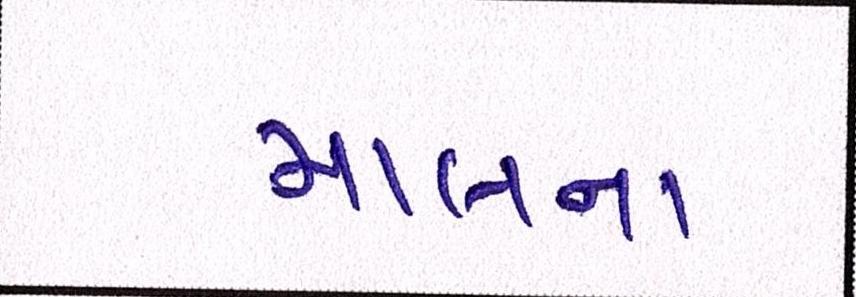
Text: માલના